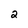
Character: 2